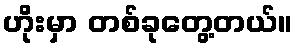
ဟိုးမှာ တစ်ခုတွေ့တယ်။